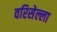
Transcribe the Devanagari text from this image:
वरिसेल्ला